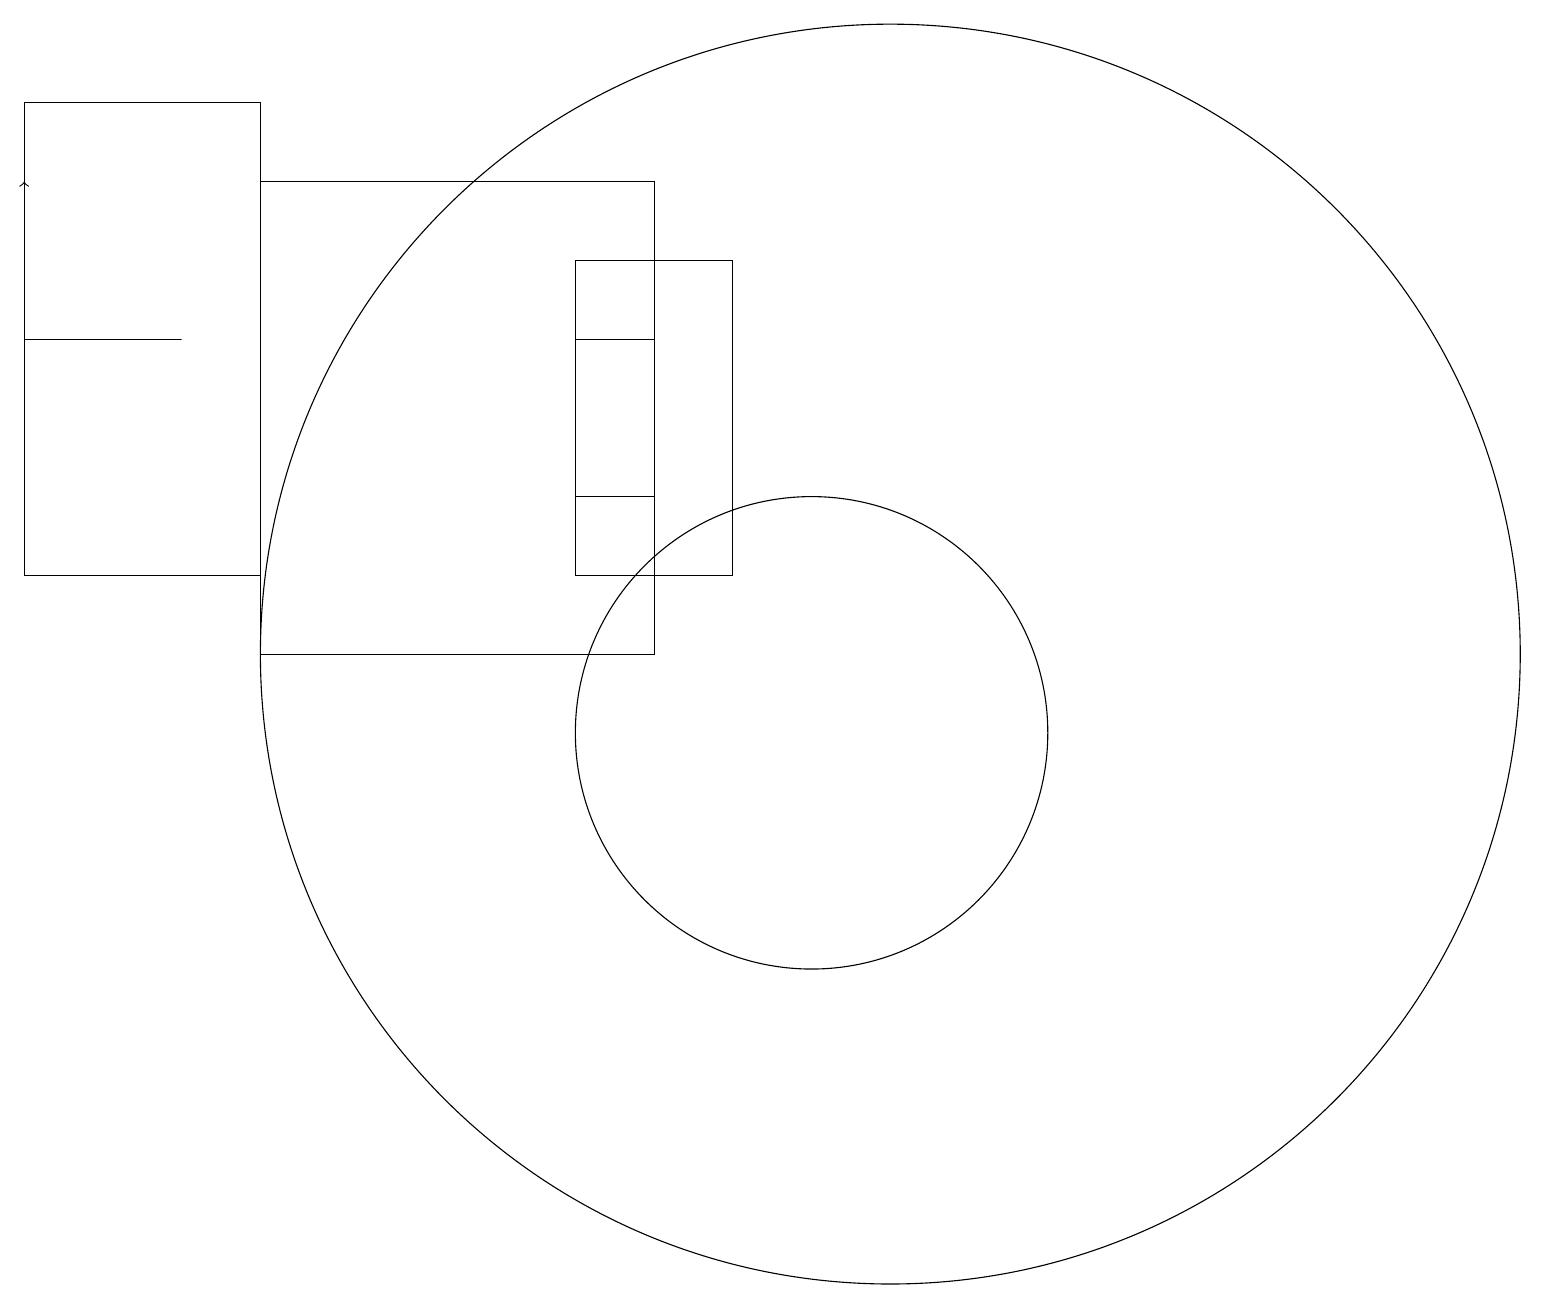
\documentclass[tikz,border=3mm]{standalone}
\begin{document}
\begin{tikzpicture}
\draw (10,10) circle (3);
\draw (0,18) rectangle (3,12);
\draw (3,17) rectangle (8,11);
\draw (11,11) circle (8);
\draw[->] (0,12) -- (0,17);
\draw (9,12) rectangle (7,16);
\draw (8,15) rectangle (7,13);
\draw (0,15) rectangle (2,15);
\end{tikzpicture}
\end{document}